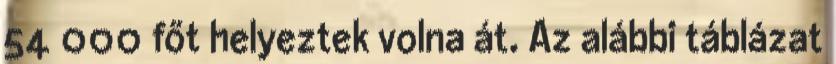
54 000 főt helyeztek volna át. Az alábbi táblázat